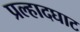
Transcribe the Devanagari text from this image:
प्रल्हादघाट